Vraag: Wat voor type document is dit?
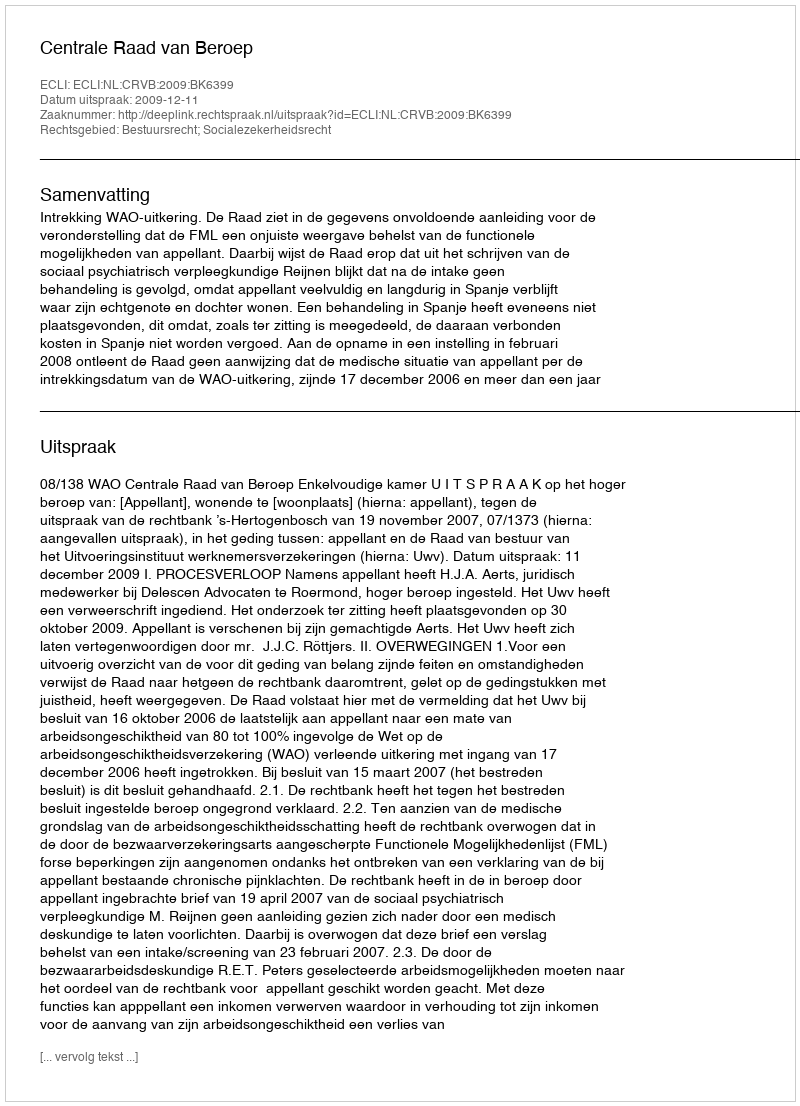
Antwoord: Uitspraak